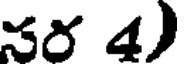
సర 4)